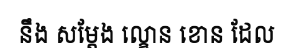
នឹង សម្តែង ល្ខោន ខោន ដែល